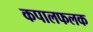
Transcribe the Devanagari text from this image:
कपालफलक